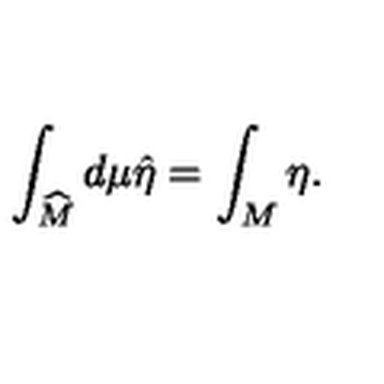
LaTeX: \int _ { \widehat { M } } d \mu \hat { \eta } = \int _ { M } \eta .